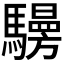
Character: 𩦧